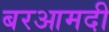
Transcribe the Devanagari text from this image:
बरआमदी